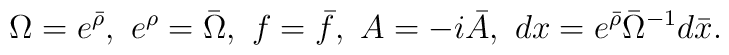
\Omega = e^{\bar{\rho}} , \ e^{\rho} = \bar{\Omega}, \  f =\bar{f} ,\ A = -i \bar{A}, \  d x = e^{\bar{\rho}} \bar{\Omega}^{-1} d \bar{x} .